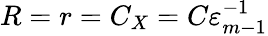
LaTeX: R=r=C_{X}=C\varepsilon_{m-1}^{-1}